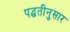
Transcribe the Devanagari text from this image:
पद्घतीनुसार